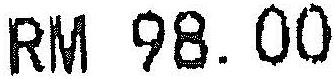
RM 98.00